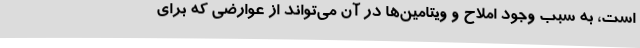
است، به سبب وجود املاح و ویتامین‌ها در آن می‌تواند از عوارضی که برای